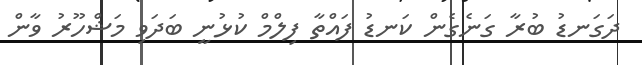
ދަގަނޑު ބުރާ ގަނެގެން ކަނޑު ފައްތާ ފިލްމް ކުޅުނީ ބަދަވި މަޝްހޫރު ވާން